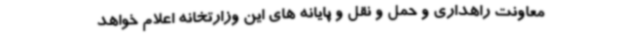
معاونت راهداری و حمل و نقل و پایانه های این وزارتخانه اعلام خواهد